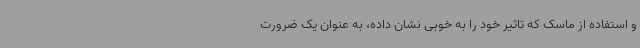
و استفاده از ماسک که تاثیر خود را به خوبی نشان داده، به عنوان یک ضرورت